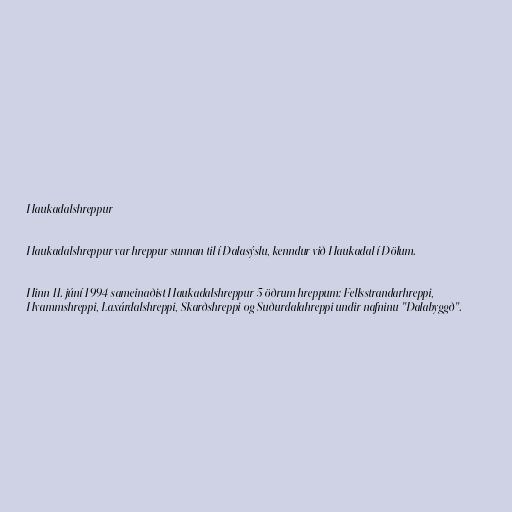
Haukadalshreppur

Haukadalshreppur var hreppur sunnan til í Dalasýslu, kenndur við Haukadal í Dölum.

Hinn 11. júní 1994 sameinaðist Haukadalshreppur 5 öðrum hreppum: Fellsstrandarhreppi,
Hvammshreppi, Laxárdalshreppi, Skarðshreppi og Suðurdalahreppi undir nafninu "Dalabyggð".